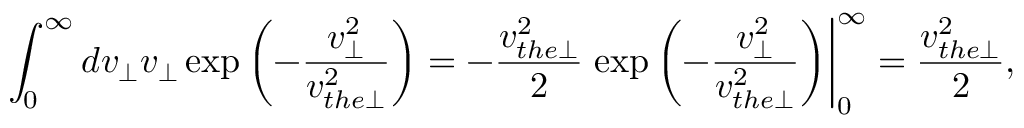
\int _ { 0 } ^ { \infty } d v _ { \perp } v _ { \perp } \exp \left( - \frac { v _ { \perp } ^ { 2 } } { v _ { t h e \perp } ^ { 2 } } \right) = - \frac { v _ { t h e \perp } ^ { 2 } } { 2 } \left. \exp \left( - \frac { v _ { \perp } ^ { 2 } } { v _ { t h e \perp } ^ { 2 } } \right) \right| _ { 0 } ^ { \infty } = \frac { v _ { t h e \perp } ^ { 2 } } { 2 } ,